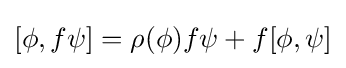
[\phi ,f\psi ]=\rho (\phi )f\psi +f[\phi ,\psi ]